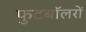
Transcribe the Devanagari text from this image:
फुटबॉलरों